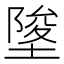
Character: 𡍵